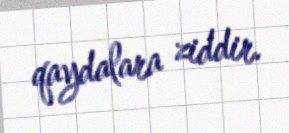
qaydalara ziddir.